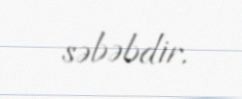
səbəbdir.